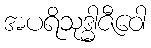
အပရိသုဒ္ဓါဇီဝေါ